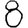
Digit: 8